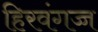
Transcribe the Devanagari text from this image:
हिरवंगच्च